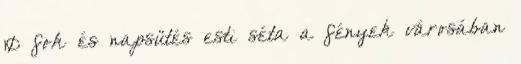
10 fok és napsütés esti séta a fények városában